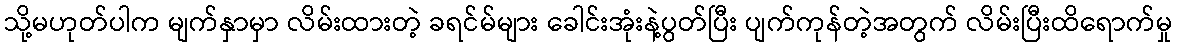
သို့မဟုတ်ပါက မျက်နှာမှာ လိမ်းထားတဲ့ ခရင်မ်များ ခေါင်းအုံးနဲ့ပွတ်ပြီး ပျက်ကုန်တဲ့အတွက် လိမ်းပြီးထိရောက်မှု